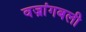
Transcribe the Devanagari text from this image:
वज्रांगबली